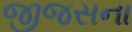
જીજસના